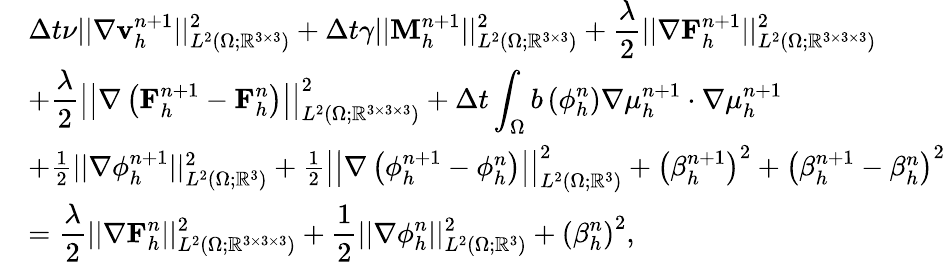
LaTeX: \begin{array}{rl}&{\displaystyle\Delta t\nu||\nabla\mathbf{v}_{h}^{n+1}||_{L^{2}(\Omega;\mathbb{R}^{3\times 3})}^{2}+\Delta t\gamma||\mathbf{M}_{h}^{n+1}||_{L^{2}(\Omega;\mathbb{R}^{3\times 3})}^{2}+\frac{\lambda}{2}||\nabla\mathbf{F}_{h}^{n+1}||_{L^{2}(\Omega;\mathbb{R}^{3\times 3\times 3})}^{2}}\\ &{\displaystyle+\frac{\lambda}{2}\left|\left|\nabla\left(\mathbf{F}_{h}^{n+1}-\mathbf{F}_{h}^{n}\right)\right|\right|_{L^{2}(\Omega;\mathbb{R}^{3\times 3\times 3})}^{2}+\Delta t\int_{\Omega}b\left(\phi_{h}^{n}\right)\nabla\mu_{h}^{n+1}\cdot\nabla\mu_{h}^{n+1}}\\ &{+\frac{1}{2}||\nabla\phi_{h}^{n+1}||_{L^{2}(\Omega;\mathbb{R}^{3})}^{2}+\frac{1}{2}\left|\left|\nabla\left(\phi_{h}^{n+1}-\phi_{h}^{n}\right)\right|\right|_{L^{2}(\Omega;\mathbb{R}^{3})}^{2}+\left(\beta_{h}^{n+1}\right)^{2}+\left(\beta_{h}^{n+1}-\beta_{h}^{n}\right)^{2}}\\ &{\displaystyle=\frac{\lambda}{2}||\nabla\mathbf{F}_{h}^{n}||_{L^{2}(\Omega;\mathbb{R}^{3\times 3\times 3})}^{2}+\frac{1}{2}||\nabla\phi_{h}^{n}||_{L^{2}(\Omega;\mathbb{R}^{3})}^{2}+\left(\beta_{h}^{n}\right)^{2},}\end{array}